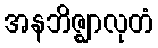
အနဘိဇ္ဈာလုတံ